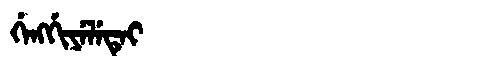
Manchu: ᡤᡝᠩᡤᡳᠶᡝᠯᡝᡨᡝᡳ
Romanization: GENGGIYELETEI